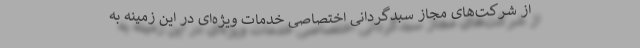
از شرکت‌های مجاز سبدگردانی اختصاصی خدمات ویژه‌ای در این زمینه به